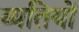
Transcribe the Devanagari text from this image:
व्यतियों